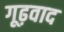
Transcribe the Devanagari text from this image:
गूढ़वाद